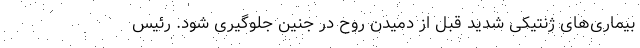
بیماری‌های ژنتیکی شدید قبل از دمیدن روح در جنین جلوگیری شود. رئیس